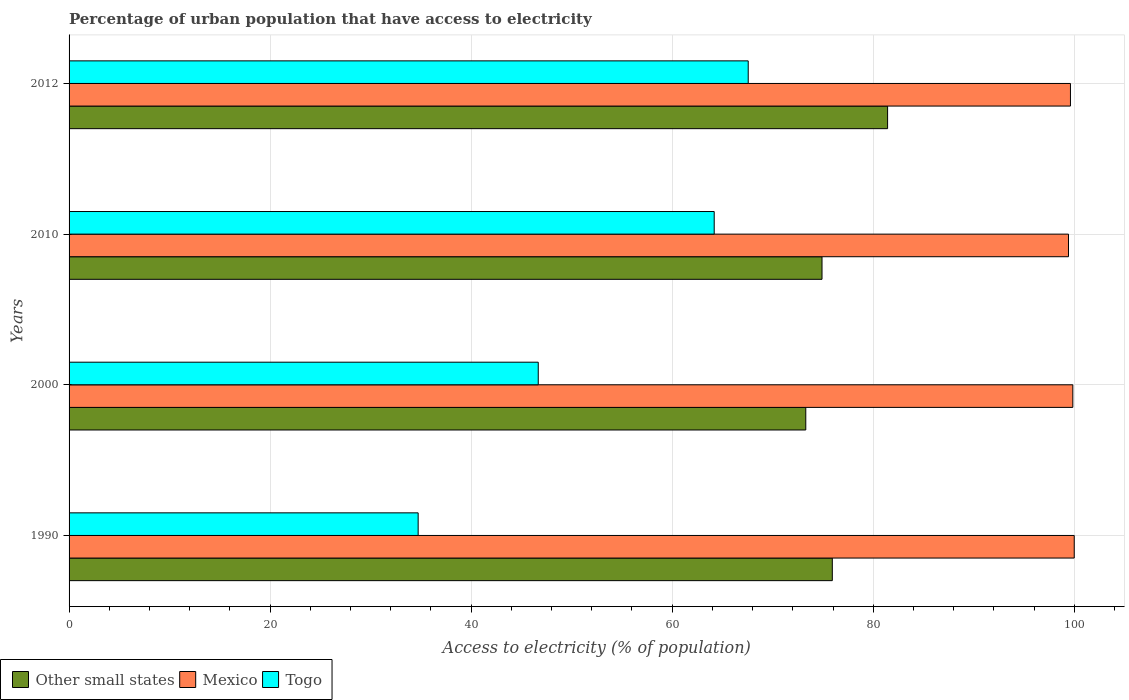
| Years | Other small states | Mexico | Togo |
 | --- | --- | --- | --- |
 | 1990 | 75.9 | 100 | 34.7 |
 | 2000 | 73.3 | 99.9 | 46.7 |
 | 2010 | 74.9 | 99.4 | 64.2 |
 | 2012 | 81.4 | 99.6 | 67.6 |